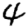
Digit: 4